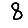
Digit: 8